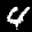
Label: 4